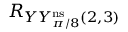
R _ { Y Y _ { \pi / 8 } ^ { \mathrm { n s } } ( 2 , 3 ) }